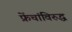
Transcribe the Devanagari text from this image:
फ्रेंचांविरुद्ध